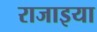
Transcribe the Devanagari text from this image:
राजाइया